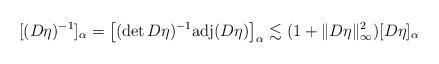
LaTeX: \begin{align*} [(D\eta)^{-1}]_\alpha = \big[(\det{D\eta})^{-1} \mathrm{adj}(D\eta) \big]_\alpha \lesssim (1 + \|D\eta\|_\infty^2) [D\eta]_\alpha \end{align*}